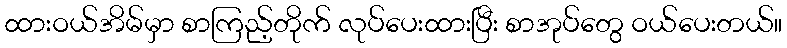
ထားဝယ်အိမ်မှာ စာကြည့်တိုက် လုပ်ပေးထားပြီး စာအုပ်တွေ ဝယ်ပေးတယ်။